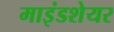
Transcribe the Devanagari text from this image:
माइंडशेयर